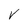
Character: V